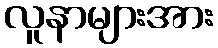
လူနာများအား